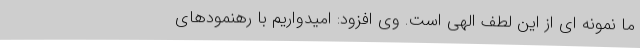
ما نمونه ای از این لطف الهی است. وی افزود: امیدواریم با رهنمودهای